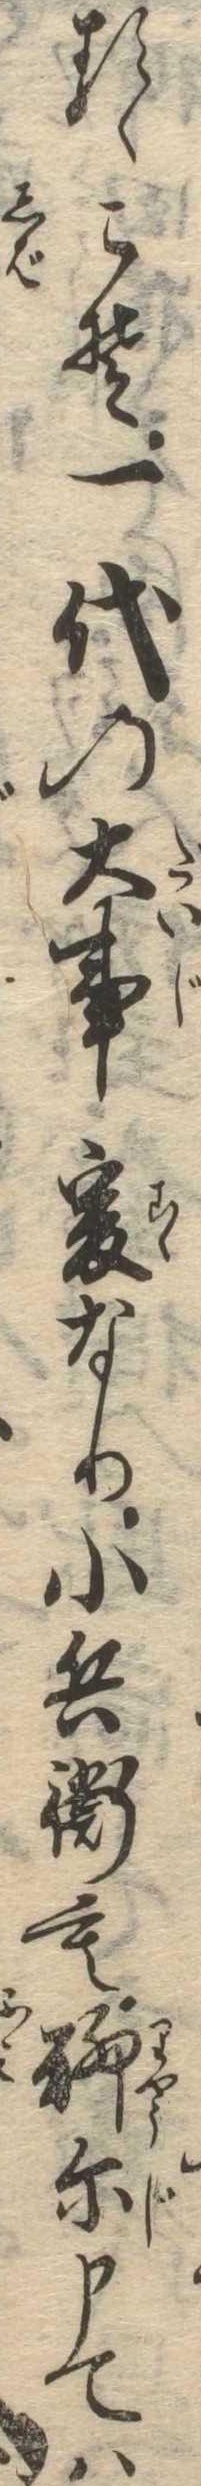
るゝこそ一代の大事爰なり小兵衛も聊爾申ては